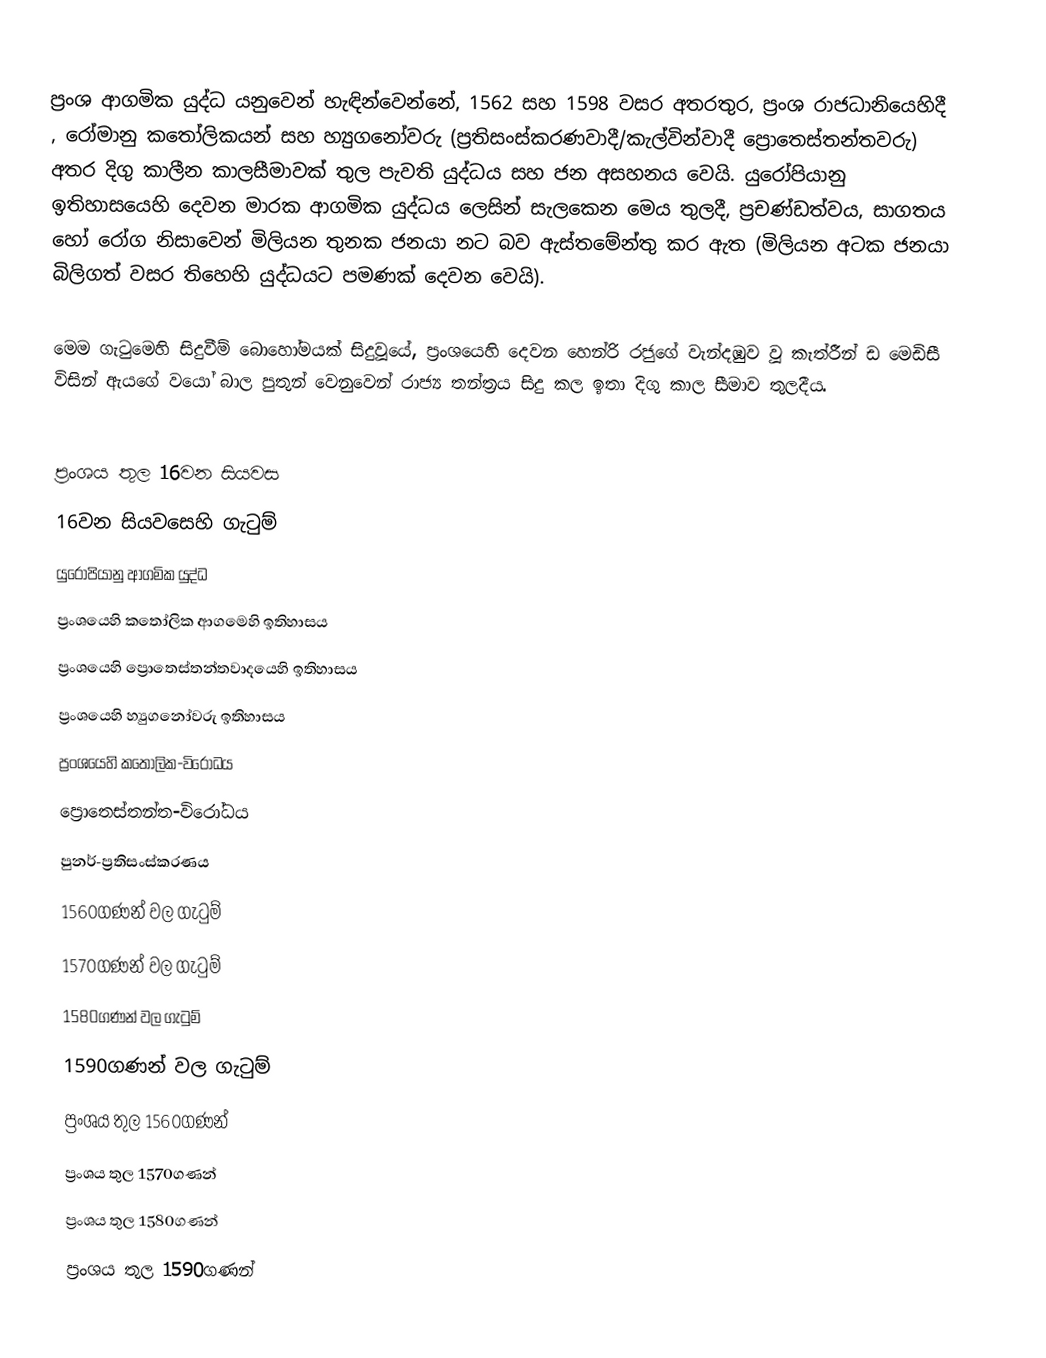
ප්‍රංශ ආගමික යුද්ධ යනුවෙන් හැඳින්වෙන්නේ, 1562 සහ 1598 වසර අතරතුර,    ප්‍රංශ රාජධානියෙහිදී , රෝමානු කතෝලිකයන් සහ හ්‍යුගනෝවරු (ප්‍රතිසංස්කරණවාදී/කැල්වින්වාදී ප්‍රොතෙස්තන්තවරු)  අතර දිගු කාලීන කාලසීමාවක්  තුල පැවති යුද්ධය සහ  ජන අසහනය වෙයි. යුරෝපියානු ඉතිහාසයෙහි දෙවන මාරක ආගමික යුද්ධය ලෙසින් සැලකෙන මෙය තුලදී, ප්‍රචණ්ඩත්වය, සාගතය හෝ රෝග නිසාවෙන් මිලියන තුනක ජනයා නට බව ඇස්තමේන්තු කර ඇත (මිලියන අටක ජනයා බිලිගත් වසර තිහෙහි යුද්ධයට පමණක් දෙවන වෙයි).

මෙම ගැටුමෙහි සිදුවීම් බොහෝමයක් සිදුවූයේ,  ප්‍රංශයෙහි දෙවන හෙන්රි රජුගේ වැන්දඹුව වූ කැත්රීන් ඩ මෙඩිසී  විසින් ඇයගේ වයෝ බාල පුතුන් වෙනුවෙන් රාජ්‍ය තන්ත්‍රය සිදු කල ඉතා දිගු කාල සීමාව තුලදීය.

ප්‍රංශය තුල 16වන සියවස
16වන සියවසෙහි ගැටුම්
යුරෝපියානු ආගමික යුද්ධ
ප්‍රංශයෙහි කතෝලික ආගමෙහි ඉතිහාසය
ප්‍රංශයෙහි ප්‍රොතෙස්තන්තවාදයෙහි ඉතිහාසය
ප්‍රංශයෙහි හ්‍යුගනෝවරු ඉතිහාසය
ප්‍රංශයෙහි කතෝලික-විරෝධය
ප්‍රොතෙස්තන්ත-විරෝධය
පුනර්-ප්‍රතිසංස්කරණය
1560ගණන් වල ගැටුම්
 1570ගණන් වල ගැටුම්
 1580ගණන් වල ගැටුම්
 1590ගණන් වල ගැටුම්
 ප්‍රංශය තුල 1560ගණන්
 ප්‍රංශය තුල 1570ගණන්
 ප්‍රංශය තුල 1580ගණන්
 ප්‍රංශය තුල 1590ගණන්